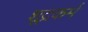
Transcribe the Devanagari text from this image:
शूद्रकर्म